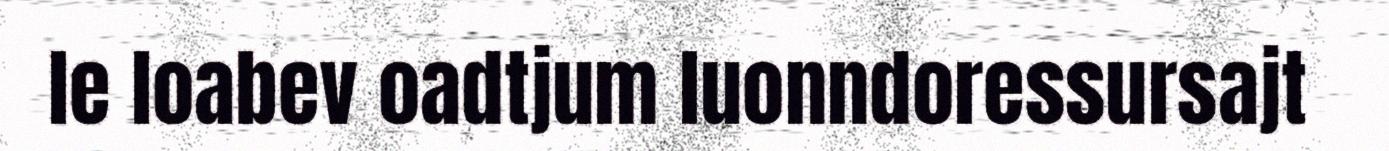
le loabev oadtjum luonndoressursajt